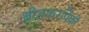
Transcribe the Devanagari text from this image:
बीडकरांपैकी